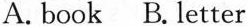
A. book B. letter